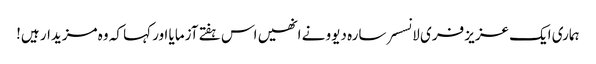
ہماری ایک عزیز فری لانسسر سارہ دیوو نے انھیں اس ہفتے آزمایا اور کہا کہ وہ مزیدار ہیں!